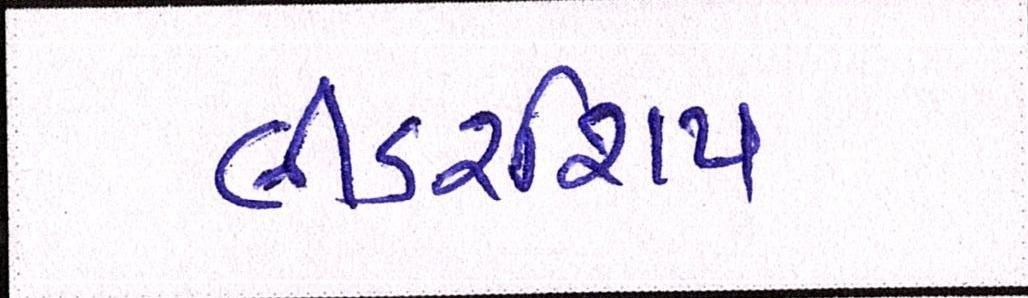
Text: લીડરશિપ